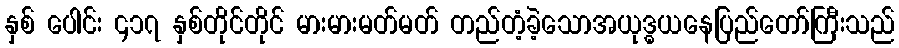
နှစ် ပေါင်း ၄၁၇ နှစ်တိုင်တိုင် မားမားမတ်မတ် တည်တံ့ခဲ့သောအယုဒ္ဓယနေပြည်တော်ကြီးသည်